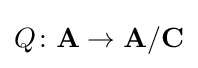
Q\colon \mathbf {A} \to \mathbf {A} /\mathbf {C}